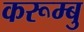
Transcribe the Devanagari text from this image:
करूम्बु